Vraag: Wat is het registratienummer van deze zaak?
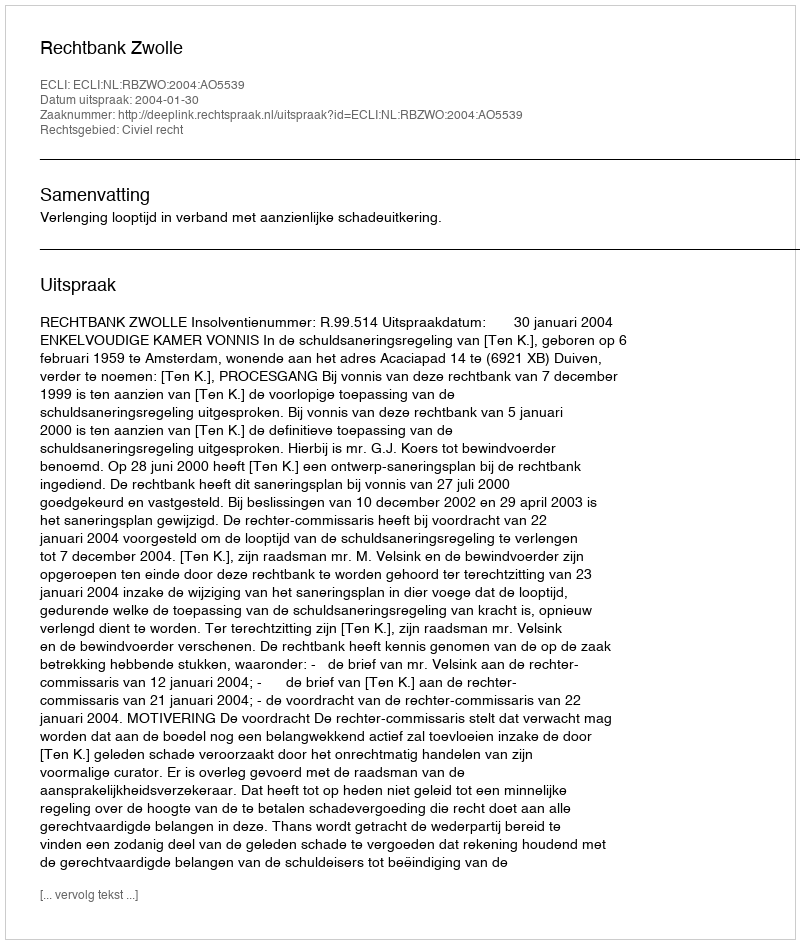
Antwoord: http://deeplink.rechtspraak.nl/uitspraak?id=ECLI:NL:RBZWO:2004:AO5539